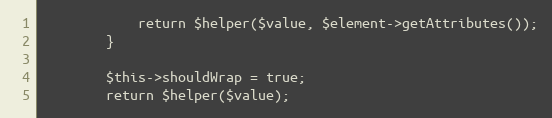
Language: PHP
            return $helper($value, $element->getAttributes());
        }

        $this->shouldWrap = true;
        return $helper($value);